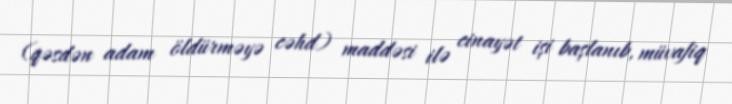
(qəsdən adam öldürməyə cəhd) maddəsi ilə cinayət işi başlanıb, müvafiq